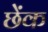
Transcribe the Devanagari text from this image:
छेंक